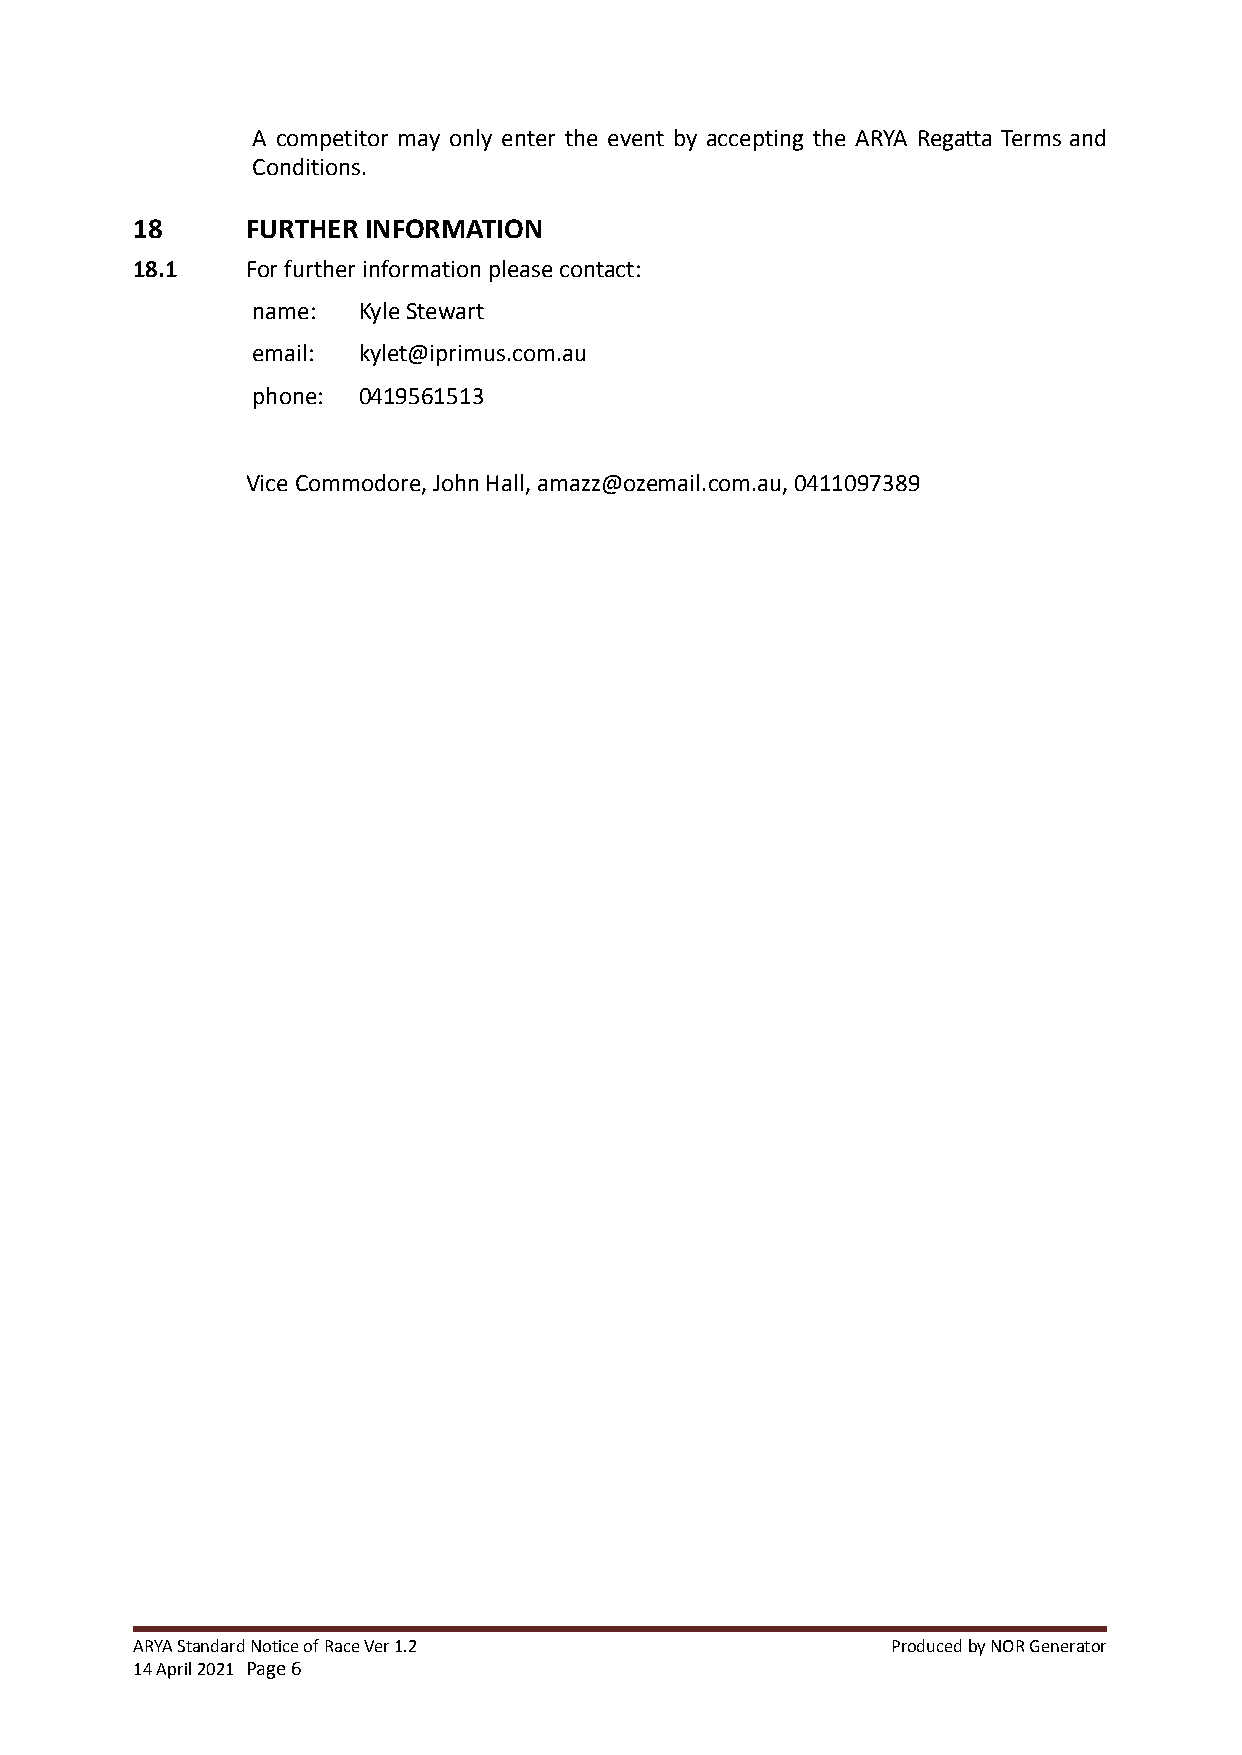
A competitor may only enter the event by accepting the ARYA Regatta Terms and
 Conditions.
 18     FURTHER INFORMATION
 18.1   For further information please contact:
 name:  Kyle Stewart
 email: kylet@iprimus.com.au
 phone: 0419561513
 Vice Commodore, John Hall, amazz@ozemail.com.au, 0411097389
 ARYA Standard Notice of Race Ver 1.2              Produced by NOR Generator
 14 April 2021 Page6